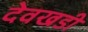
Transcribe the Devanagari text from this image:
देवखडी